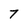
Character: 7